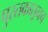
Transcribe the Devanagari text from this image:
पुस्तकातूनच